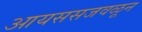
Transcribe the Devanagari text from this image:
आयससजवळून